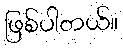
ဖြစ်ပါတယ်။